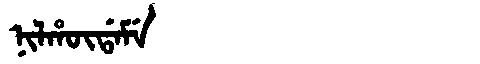
Manchu: ᠨᡳᠯᡥᡡᡩᠠᠮᡝ
Romanization: NILHŪDAME